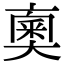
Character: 𠆇